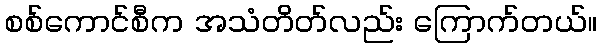
စစ်ကောင်စီက အသံတိတ်လည်း ကြောက်တယ်။